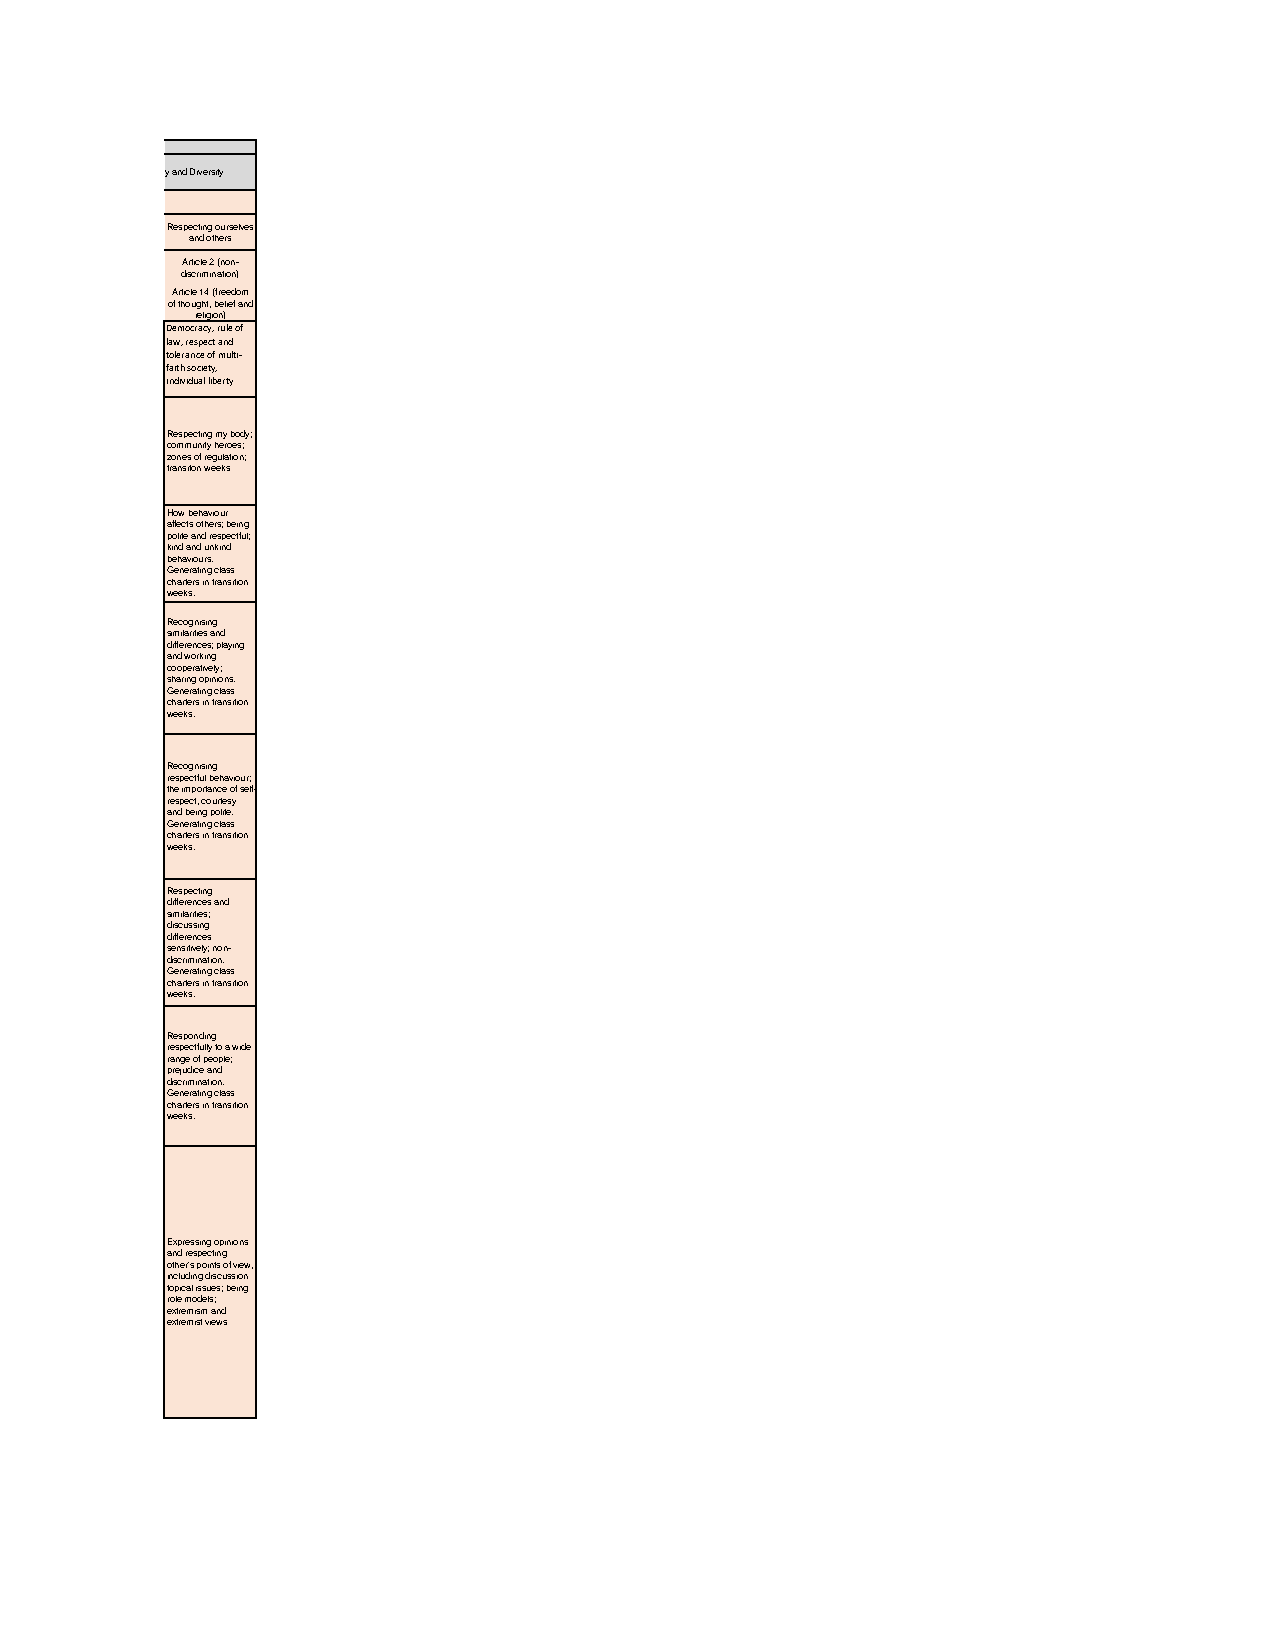
Summer Term
 Identity and Diversity
 Relationships
 Respecting ourselves
 and others
 Article 2 (non-
 discrimination)
 Article 14 (freedom
 of thought, belief and
 religion)
 Democracy, rule of
 law, respect and
 tolerance of multi-
 faith society,
 individual liberty
 Respecting my body;
 community heroes;
 zones of regulation;
 transiton weeks
 How behaviour
 affects others; being
 polite and respectful;
 kind and unkind
 behaviours.
 Generating class
 charters in transition
 weeks.
 Recognising
 similarities and
 differences; playing
 and working
 cooperatively;
 sharing opinions.
 Generating class
 charters in transition
 weeks.
 Recognising
 respectful behaviour;
 the importance of self-
 respect, courtesy
 and being polite.
 Generating class
 charters in transition
 weeks.
 Respecting
 differences and
 similarities;
 discussing
 differences
 sensitively; non-
 discrimination.
 Generating class
 charters in transition
 weeks.
 Responding
 respectfully to a wide
 range of people;
 prejudice and
 discrimination.
 Generating class
 charters in transition
 weeks.
 Expressing opinions
 and respecting
 other's points of view,
 including discussion
 topical issues; being
 role models;
 extremism and
 extremist views